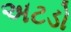
અટડો